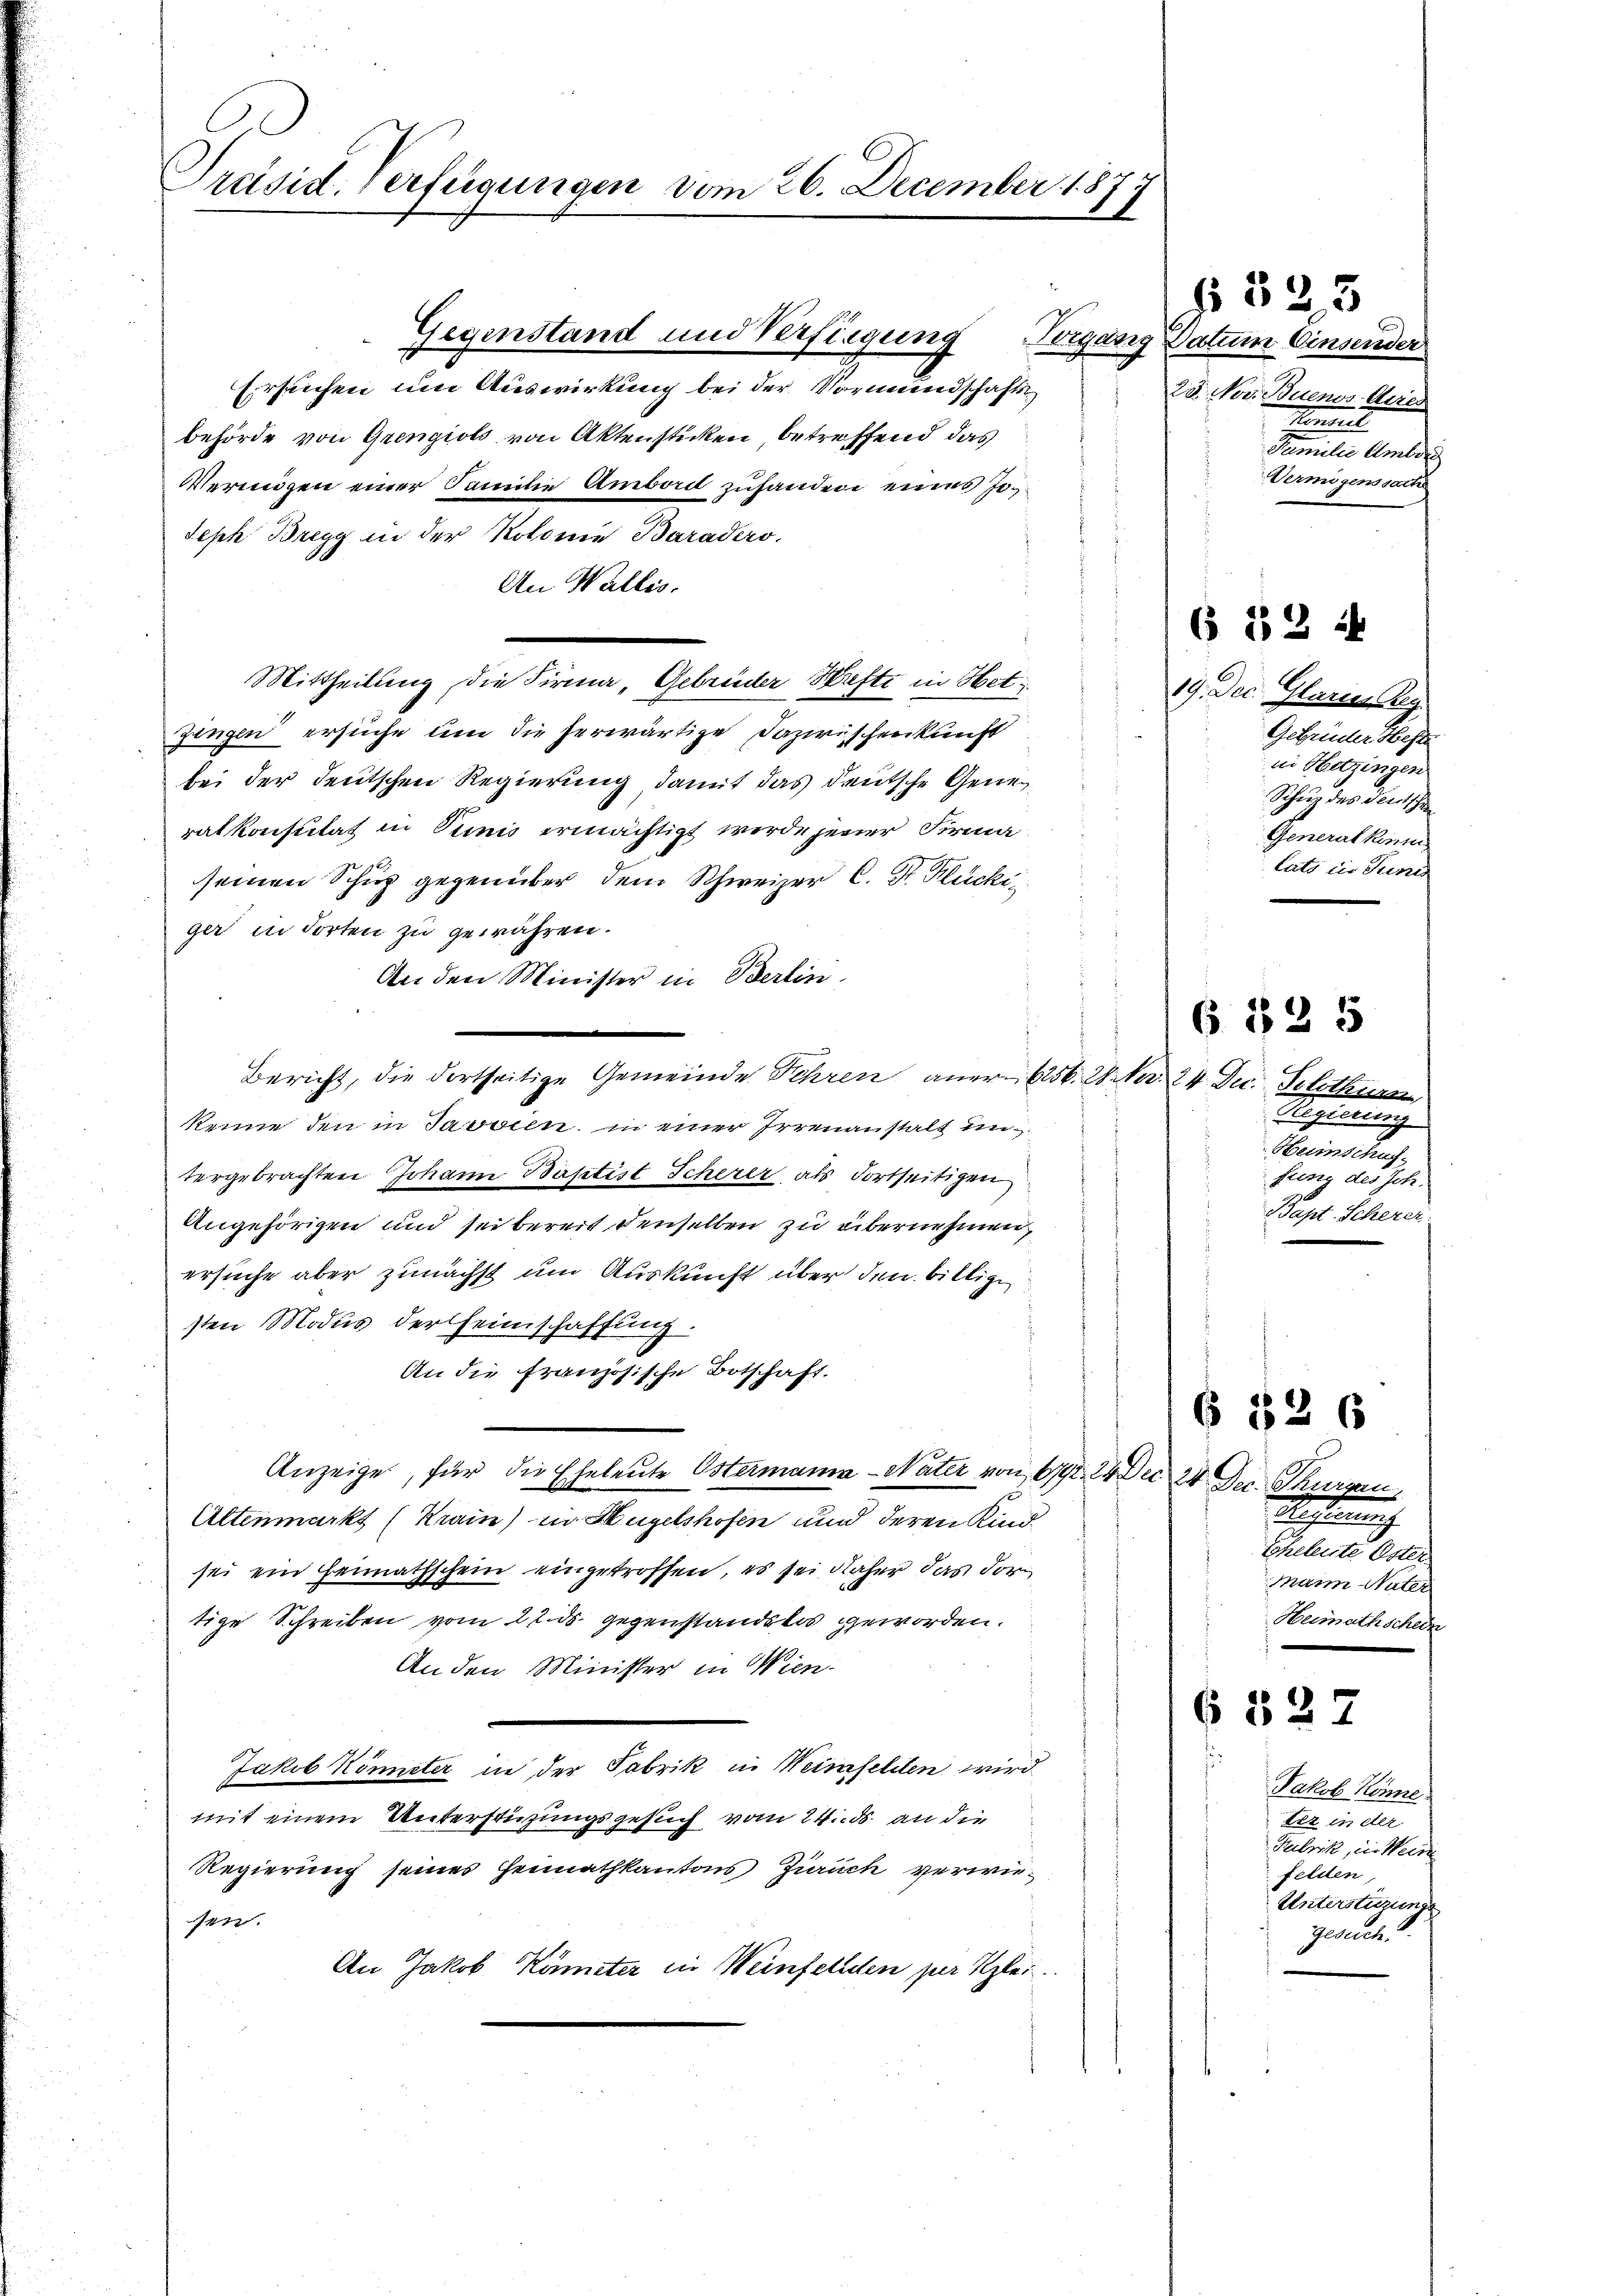
Präsid. Verfügungen vom 26. December 187

Gegenstand und Verfügung Vorgang

Erstechen um Auswirkung bei der Vormundschaften
behörde von Grengiols von Aktenstücken, betreffend das
Vermögen einer Familie Ambord zuhanden eines Jo¬
Seph Bregg in der Kolonie Baradero,
An Wallis.
Mittheilung die Firma „Gebrüder Hefte in Het
zingen ersuche um die herwärtige Dazwischenkunft
bei der deutschen Regierung damit das deutsche Generatkonsulat in Tunis ermächtigt werde jener Firma
seinen Schup gegenüber dem Schweizer C. St. Glücki
ger in dorten zu gewähren.
An den Minister in Berlin.
Bericht, die dortseitige Gemeinde Sehren aner 656. W. Nr. 24 Dec. Solothis
keine den in Javaien in einer Irrenanstalt un
tergebrachten Johann Baptist Scherer als Fortseitigen
Angehörigen und sei bereit denselben zu übernehmen,
ersuche aber zunächst um Auskunft über den billige
sten Modus der Heimschaffung.
An die Französische Botschaft.
Anzeige, für die Eheleute Ostermanna - Nater von 679. 24. Der 24 Dec. Thurgan
Altenmarkt (Krain) in Hügelshofen und deren Kind
sei ein Heimathschein eingetroffen, es sei näher das dortige Schreiben vom 22. ds. gegenstandslos geworden.
An den Minister in Wien.
Jakob Könneter in der Fabrik in Weinhellen wird
mit einem Unterstüzungsgesuch vom 24. ds. an die
Regierung seines Hennathkantons Zürich verwiesen.
An Jakob Künster in Weinfelden per Klei¬

Datum Einsender
28. Nov. Buenos-Arres
tmei
Familie Amber
Vermögenssache

§ 523

§ 152

19. Dec. Glarne Reg
Gebrüder Hefte
in Hitzingen
Schutz des Deutschen
Generalkonte
tats die Junis

6.525

Regierung
Heimschaf
fung des Joh.
Bapt. Scherer

Wesen
Eheleute Oster
Main Vater
Heimathschein

6526

6827

Jakob Könne
tez in der
Tubrik, in Weine
felden,
Unterstüzungs
Gerech